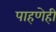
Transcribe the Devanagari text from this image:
पाहणेही